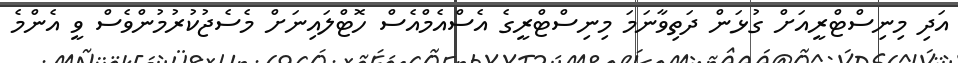
އަދި މިނިސްޓްރީއަށް ގުޅަން ދަތިވާނަމަ މިނިސްޓްރީގެ އެސްއެމްއެސް ހޮޓްލައިނަށް މެސެޖުކުރުމުންވެސް ވީ އެންމެ